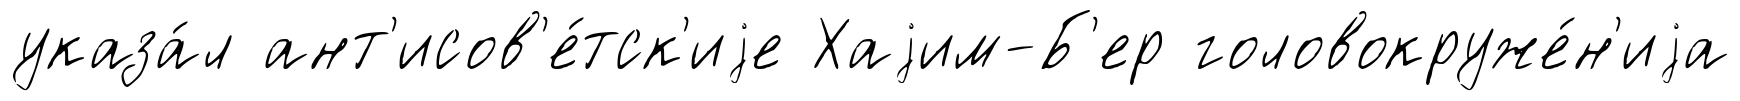
указа́л ант'исов'е́тск'иjе Хаjим-Б'ер головокруже́н'иjа